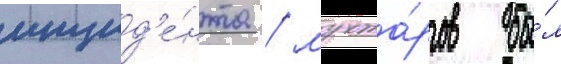
инцид'е́нта / мухта́ров бы́л